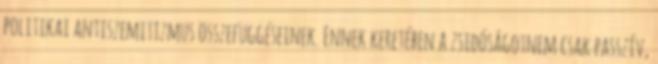
politikai antiszemitizmus összefüggéseinek. Ennek keretében a zsidóságotnem csak passzív,